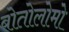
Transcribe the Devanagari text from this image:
बोतोलोमो